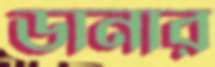
ডানার